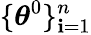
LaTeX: \lbrace\boldsymbol{\theta}^{0}\rbrace_{\mathbf{i}=1}^{n}